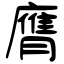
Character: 膺